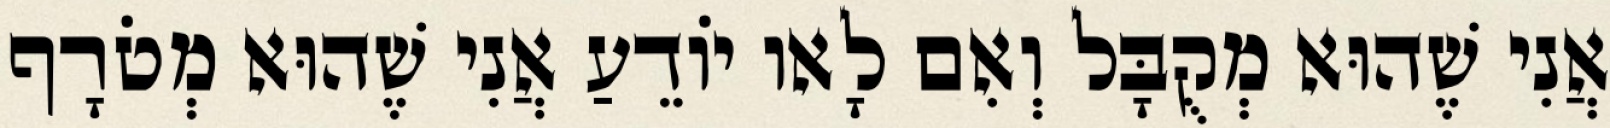
אֲנִי שֶׁהוּא מְקֻבָּל וְאִם לָאו יוֹדֵעַ אֲנִי שֶׁהוּא מְטֹרָף